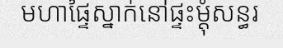
មហាផ្ទៃស្នាក់នៅផ្ទះម្តុំសន្ធរ